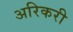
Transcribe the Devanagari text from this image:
अरिकरी